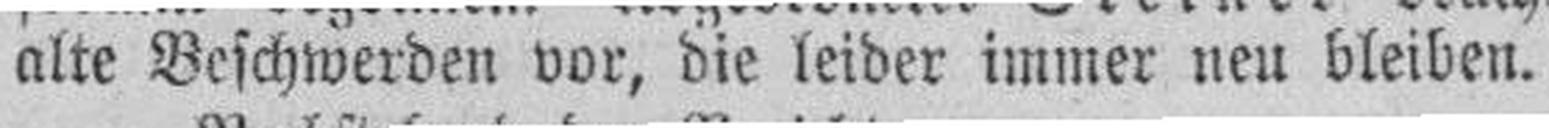
alte Beschwerden vor, die leider immer neu bleiben.